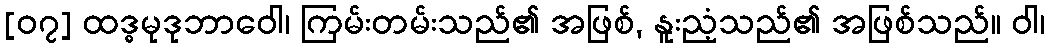
[၀၇] ထဒ္ဓမုဒုဘာဝေါ၊ ကြမ်းတမ်းသည်၏ အဖြစ်, နူးညံ့သည်၏ အဖြစ်သည်။ ဝါ၊